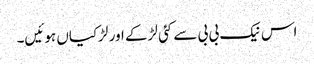
اس نیک بی بی سے کئی لڑکے اور لڑکیاں ہوئیں۔